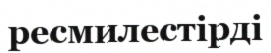
ресмилестірді